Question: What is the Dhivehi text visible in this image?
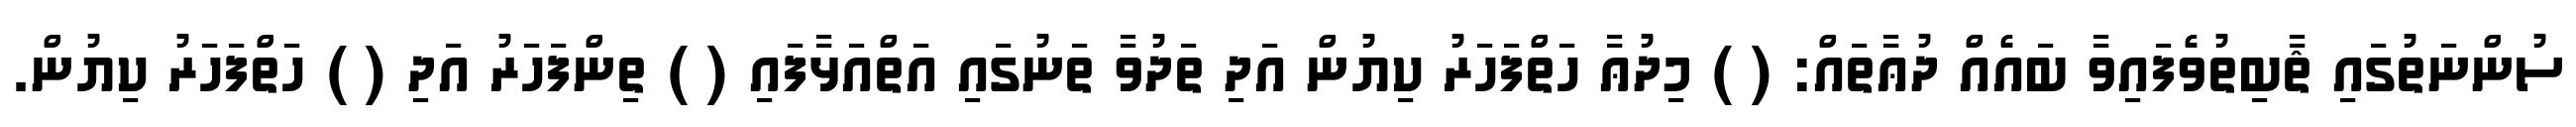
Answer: ސުންނަތުގައި ޘާބިތުވެފައިވާ ބައެއް ދުޢާތައް: ( ) މިދުޢާ ހަތްފަހަރު ކިޔުން އަދި ތަދުވާ ތަނުގައި އަތްއަޅާފައި ( ) ތިންފަހަރު އަދި ( ) ހަތްފަހަރު ކިޔުން.